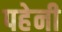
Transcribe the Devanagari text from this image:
पहेनी